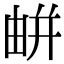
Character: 𢆟